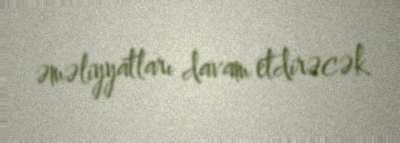
əməliyyatları davam etdirəcək.